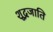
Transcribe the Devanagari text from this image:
शूद्रजाति